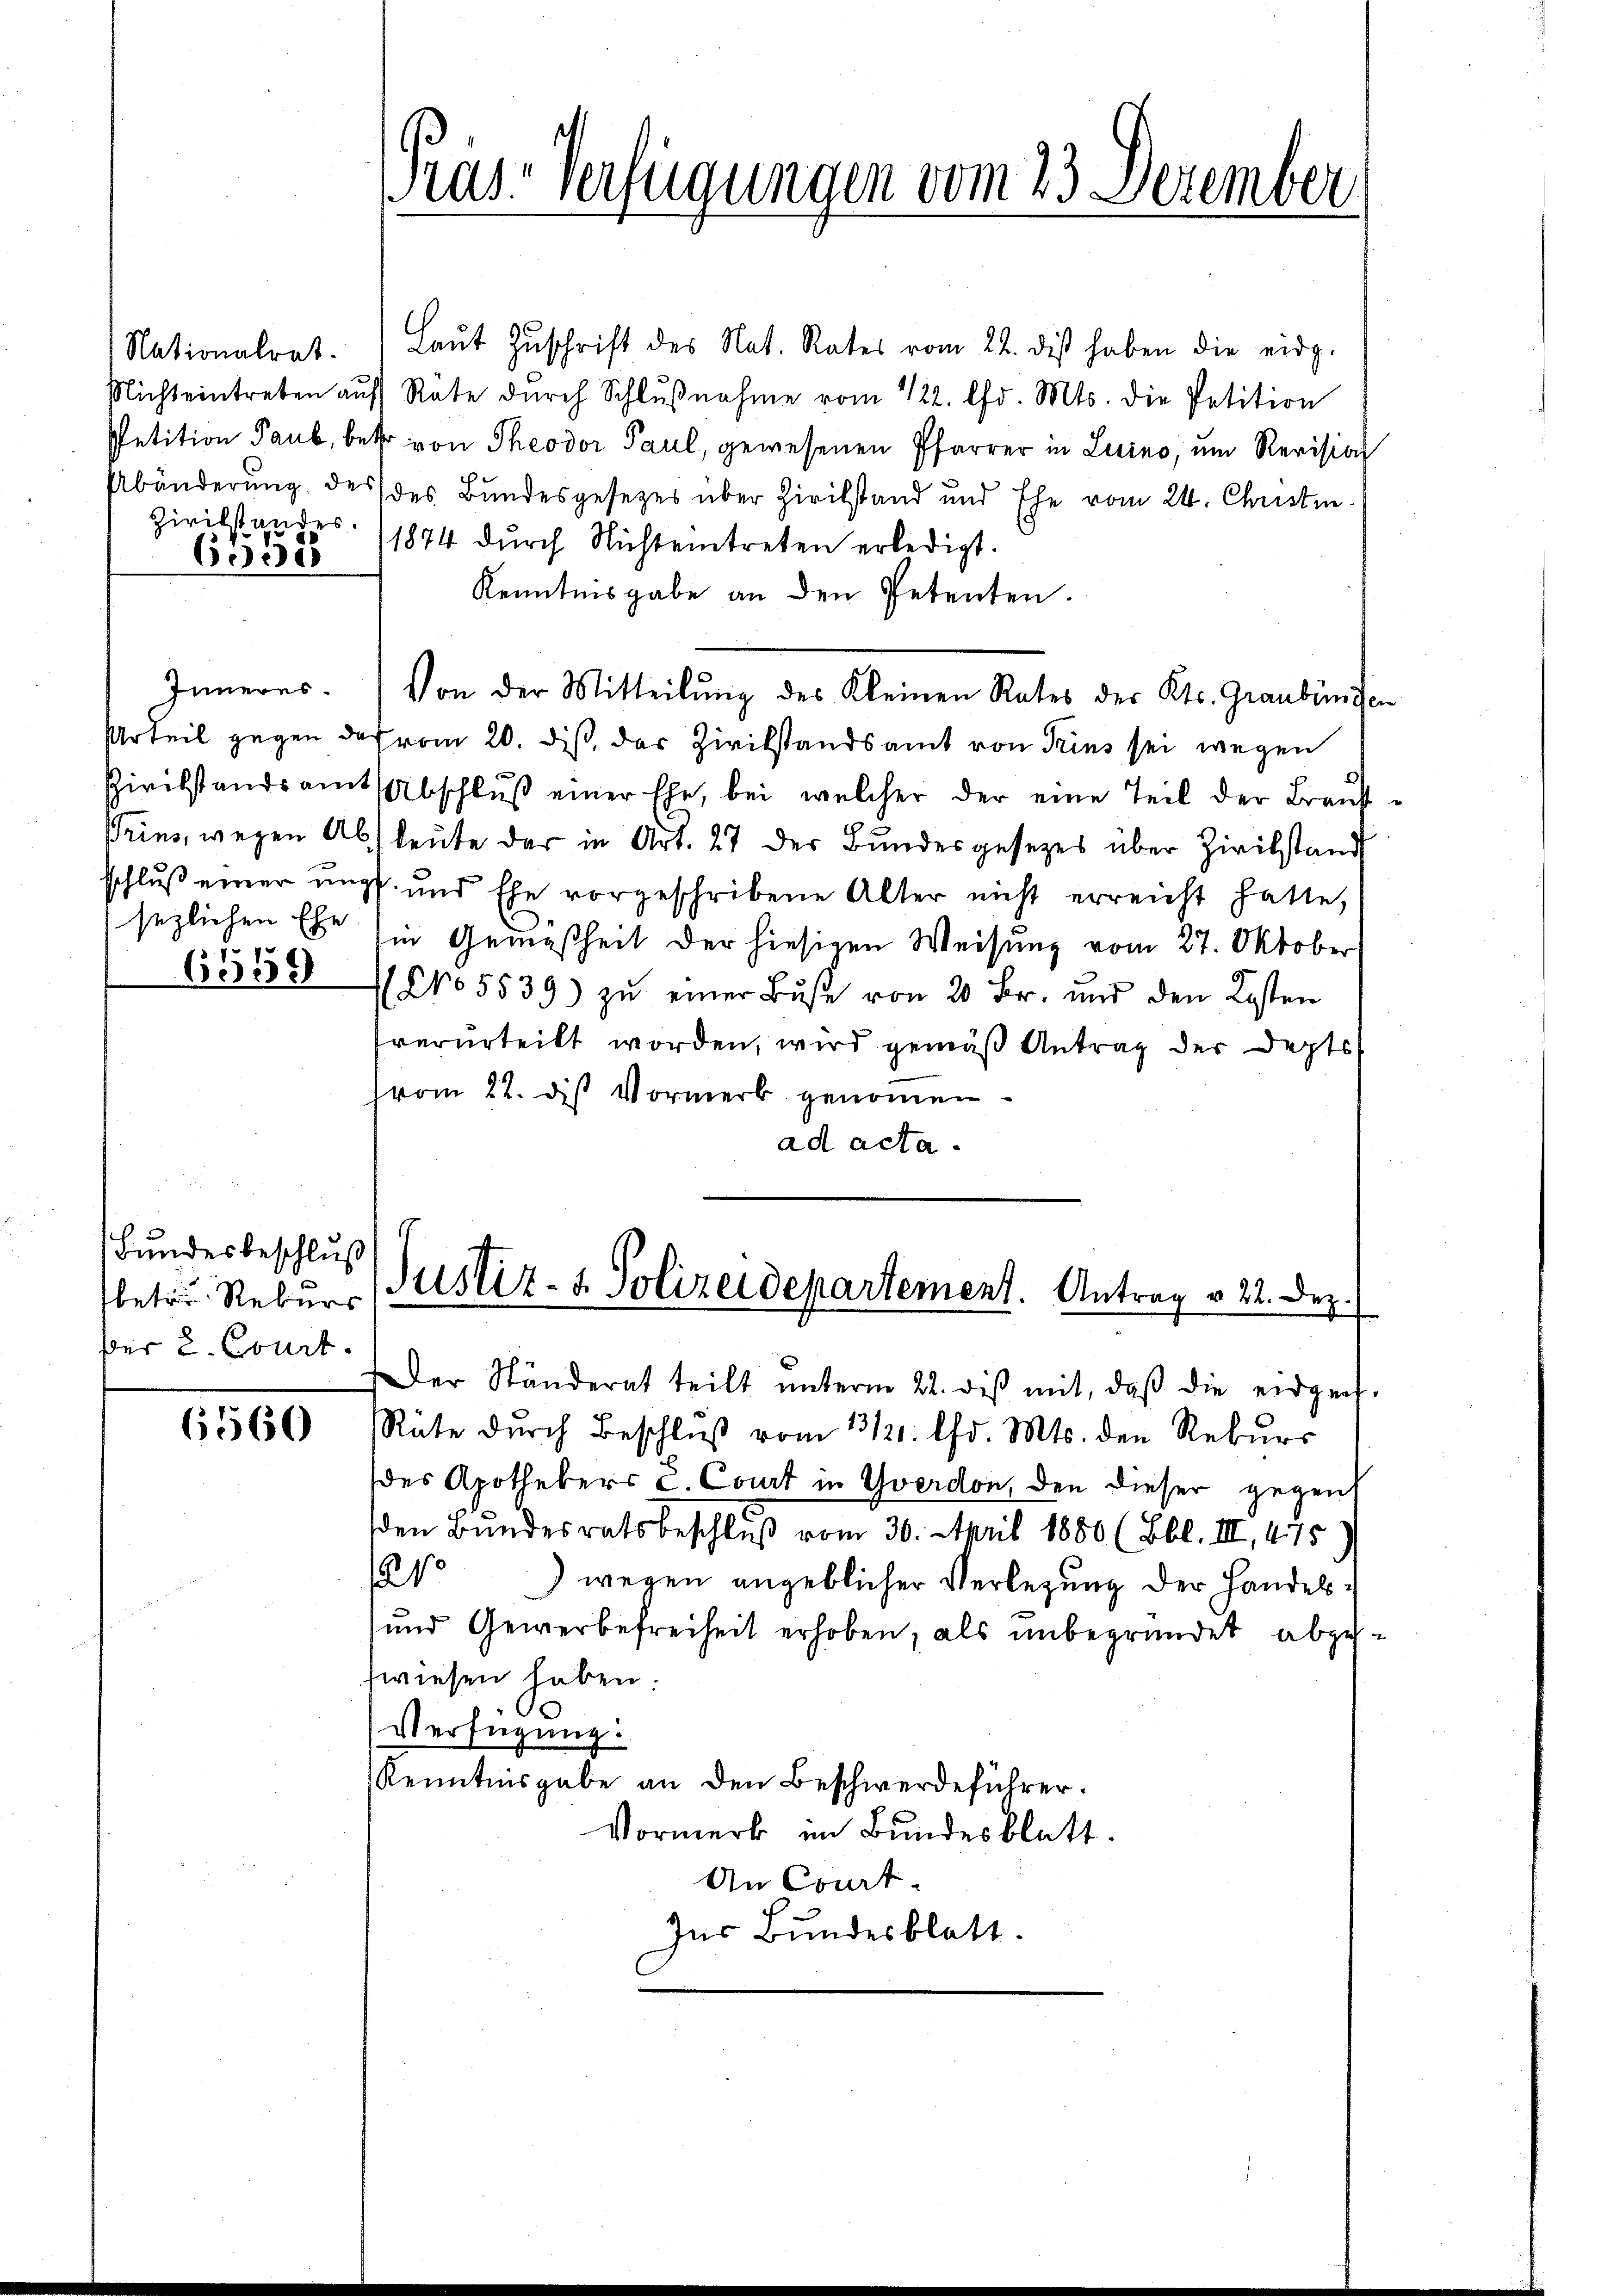
Zivilstandes.

Nationalrat. Laŭt Zŭschrift des Nat. Rates vom 22. diβ haben die eidg.
Nicht eintreten aŭf Räte dŭrch Schlŭβnahme vom 122. d. Mts. die Petition
Petition Paub, betr. von Theodor Paul, gewesenen Pfarrer in Luino, um Revision
Abänderung des des Bundesgesetzes über Zivilstand und Ehe vom 24. Christin
6. 365 (1874 dŭrch Nichteintreten erledigt.
Kenntnisgabe an den Petenten.
Inneres. Von der Mitteilung des Kleinen Rates des Kts. Graubünden
Urteil gegen das vom 20. diß, das Zivilstandsamt von Trins sei wegen
Zivilstandsamt Abschlŭβ einer Ehe, bei welcher der eine Teil der Braŭt-
Prius, wegen Absleute der in Art. 27 der Bundesgesezes über Zivilstand
sschluß einer ungs- und Ehe vorgeschribene Alter nicht erreicht hatte,
sezlichen Ehe sie Gemäßheit der hiesigen Weisung vom 27. Oktober
6559
NNo 5539) zŭ einer Bŭβe von 20 Fr. und den Kosten
verurteilt worden, wird gemäß Antrag der Depts
(vom 22. diß Vormerk genommen
ad acta.

Bundesbeschluß
betr. Rebers
fer 2. Court.

6560

Präs. Verfügungen vom 23. Dezember

Justiz- & Polizeidepartement. Antrag v. 22. Dez.

Der Ständerat teilt ŭnterm 22. diβ mit, daβ die eidgen.
Räte dŭrch Beschlŭβ vom 13121. Chr. Mts. den Rekurs
des Apothekers C. Court in Yverdon, den dieser gegent
den Bundesratsbeschluß vom 30. April 1880 (Bbl. III, 475
91) wegen angeblicher Verlegung der Handels¬
und Gewerbefreiheit erhoben; als unbegründet abzuwiesen haben.
Verfügung:
Kenntnisgabe an den Beschwerdeführer.
Vormerk im Bundesblatt.
An Court.
Zur Bundesblatt.